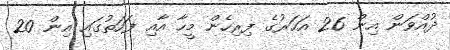
ދުއްވަން އިން 26 އަހަރުގެ ފިރިހެން މީހާ އާއި ފަހަތުގައި އިން 20